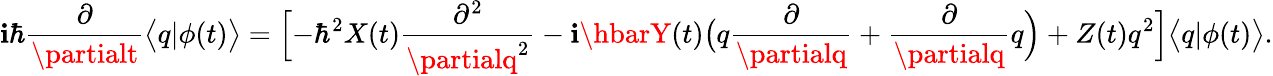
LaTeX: \mathbf{i}\hbar\frac{{\partial}}{{\partialt}}\bigl<q|\phi(t)\bigr>=\Bigl[-\hbar^{2}X(t)\frac{{\partial^{2}}}{{\partialq^{2}}}-\mathbf{i}\hbarY(t)\bigl(q\frac{{\partial}}{{\partialq}}+\frac{{\partial}}{{\partialq}}q\Bigr)+Z(t)q^{2}\Bigr]\bigl<q|\phi(t)\bigr>.